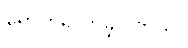
ရောက်ရှိလာခဲ့ပါတယ်။